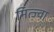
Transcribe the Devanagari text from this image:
मित्ज्वा